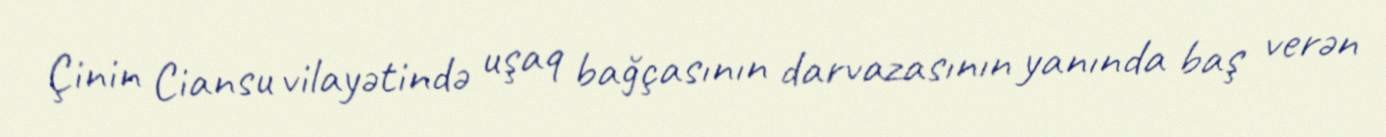
Çinin Ciansu vilayətində uşaq bağçasının darvazasının yanında baş verən